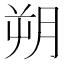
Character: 朔